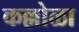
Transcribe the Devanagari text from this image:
कल्लोळा